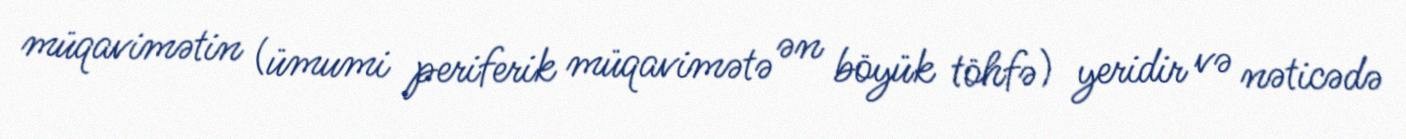
müqavimətin (ümumi periferik müqavimətə ən böyük töhfə) yeridir və nəticədə